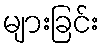
များခြင်း